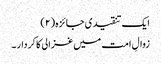
ایک تنقیدی جائزہ (۲)
زوالِ امت میں غزالی کا کردار ۔